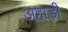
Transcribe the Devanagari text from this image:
अहाड़ी